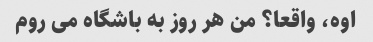
اوه، واقعا؟ من هر روز به باشگاه می روم